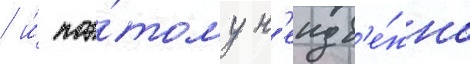
/ и́ поэ́тому н'еизб'е́жно